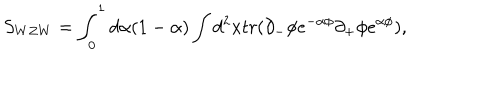
LaTeX: S _ { W Z W } = \int _ { 0 } ^ { 1 } d \alpha ( 1 - \alpha ) \int d ^ { 2 } x t r ( \partial _ { - } \phi e ^ { - \alpha \phi } \partial _ { + } \phi e ^ { \alpha \phi } ) ,